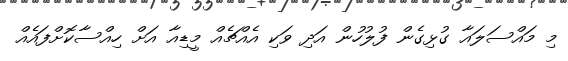
މި މައްސަލައާ ގުޅިގެން ފުލުހުން އަދި ވަކި އެއްޗެއް މީޑިއާ އަށް ހިއްސާކޮށްފައެއް